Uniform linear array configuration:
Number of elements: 4
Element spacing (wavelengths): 0.75
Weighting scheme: hamming
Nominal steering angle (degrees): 15
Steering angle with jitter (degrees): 15.491
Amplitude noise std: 0.05
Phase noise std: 0.05

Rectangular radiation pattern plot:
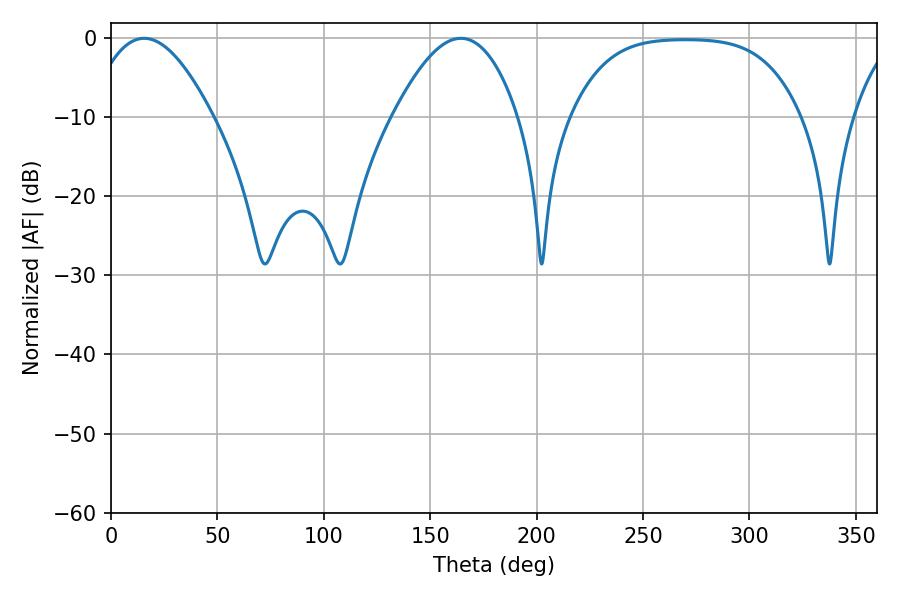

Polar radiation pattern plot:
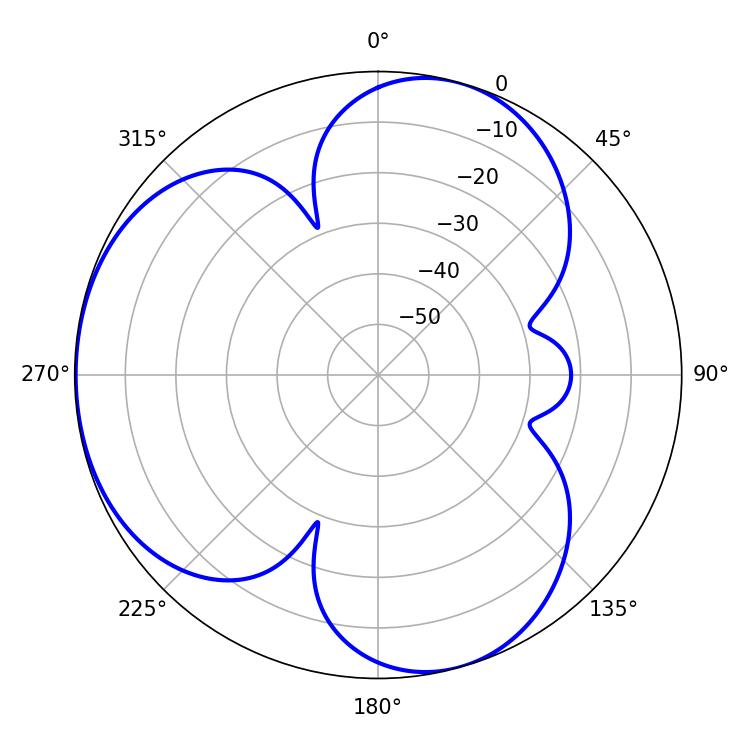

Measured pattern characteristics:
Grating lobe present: TRUE
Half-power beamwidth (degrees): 32.04
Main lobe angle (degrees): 15.66